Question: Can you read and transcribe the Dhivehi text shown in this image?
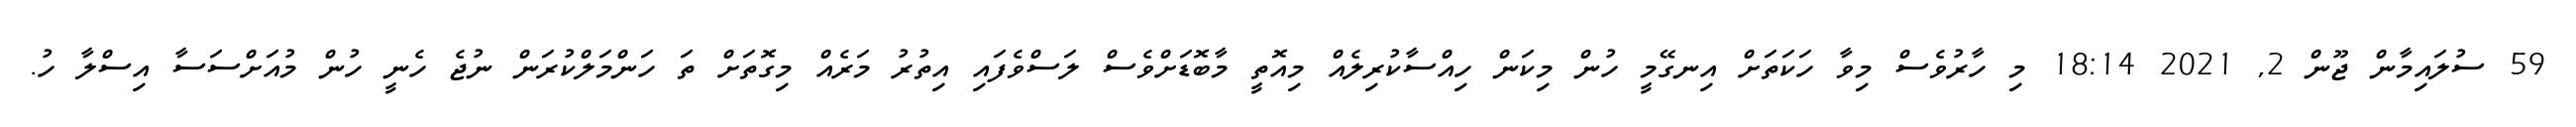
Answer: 59 ސުލައިމާން ޖޫން 2, 2021 18:14 މި ހާރުވެސް މިވާ ހަކަތަށް އިނގޭމީ ހުން މިކަން ހިއްސާކުރިލެއް މިއޮތީ މާބޮޑަށްވެސް ލަސްވެފައި އިތުރު މަރެއް މިގޮތަށް ތަ ހަންމަލްކުރަން ނުޖެ ހެނީ ހުން މުއަށްސަސާ އިސްލާ ހު.